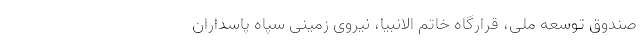
صندوق توسعه ملی، قرارگاه خاتم الانبیا، نیروی زمینی سپاه پاسداران